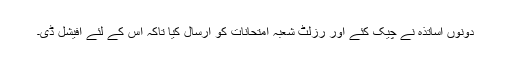
دونوں اساتذہ نے چیک کئے اور رزلٹ شعبہ امتحانات کو ارسال کیا تاکہ اس کے لئے آفیشل ڈی۔